Annual administration report of the Civil Veterinary Department, Ajmere-Merwara, British Rajputana - 1914-1940
Year: 1914
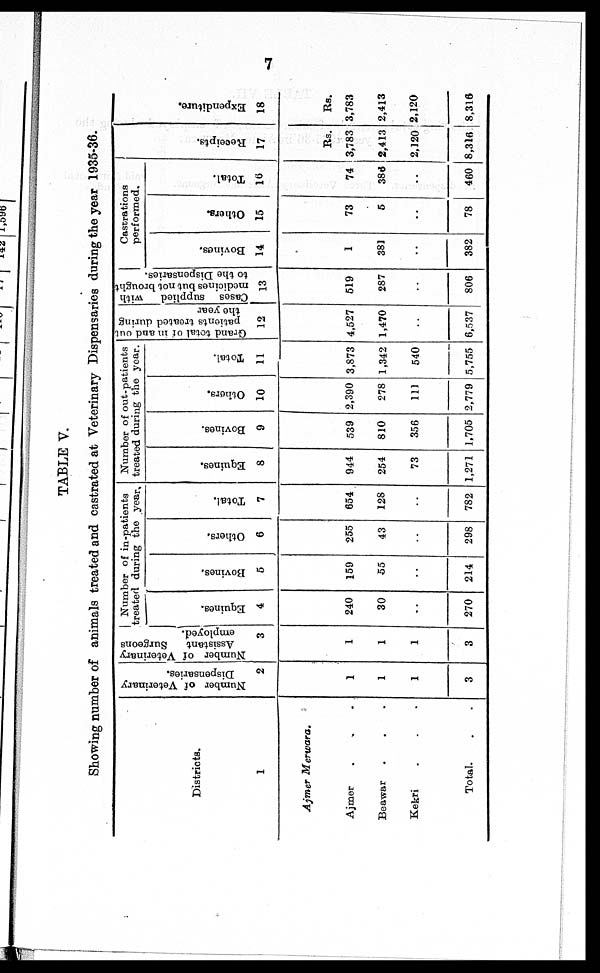
7
TABLE V.
Showing number of animals treated and castrated at Veterinary Dispensaries during the year 1935-36.
Districts.
1
Ajmer
Merwara.
Ajmer . . .
Beawar . . .
Kekri . . .
Total. . .
Number of Veterinary
Dispensaries.
2
1
1
1
3
Number of Veterinary
Assistant
Surgeons
employed.
3
1
1
1
3
Number of in-patients
treated during the year.
Equines.
4
240
30
..
270
Bovines.
5
159
55
..
214
Others.
6
255
43
..
298
Total.
7
654
128
..
782
Number of out-patients
treated during the year.
Equines.
8
944
254
73
1,271
Bovines.
9
539
810
356
1,705
Others.
10
2,390
278
111
2,779
Total.
11
3,873
1,342
540
5,755
Grand total of in and out
patients treated during
the year
12
4,527
1,470
..
6,537
Cases supplied
with
medicines but not brought
to the Dispensaries.
13
519
287
..
806
Castrations
performed.
Bovines.
14
1
381
..
382
Others.
15
73
5
..
78
Total.
16
74
386
..
460
Receipts.
17
Rs.
3,783
2,413
2,120
8,316
Expenditure.
18
Rs.
3,783
2,413
2,120
8,316